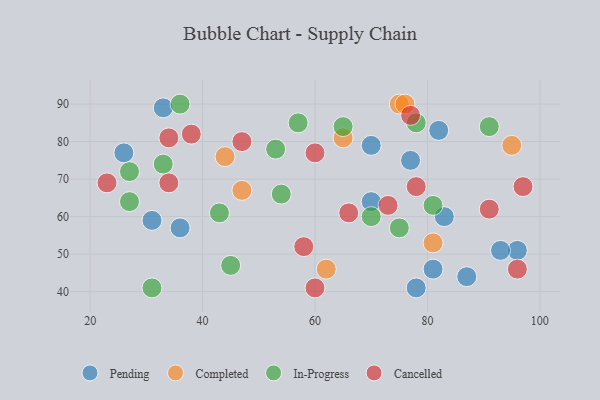
{"axis": {"x": "GDP", "y": "Life Expectancy"}, "legend": ["Cancelled", "Completed", "In-Progress", "Pending"], "data": [{"x": "31", "y": 59, "type": "Pending"}, {"x": "82", "y": 83, "type": "Pending"}, {"x": "96", "y": 51, "type": "Pending"}, {"x": "83", "y": 60, "type": "Pending"}, {"x": "77", "y": 75, "type": "Pending"}, {"x": "93", "y": 51, "type": "Pending"}, {"x": "87", "y": 44, "type": "Pending"}, {"x": "33", "y": 89, "type": "Pending"}, {"x": "70", "y": 64, "type": "Pending"}, {"x": "36", "y": 57, "type": "Pending"}, {"x": "70", "y": 79, "type": "Pending"}, {"x": "81", "y": 46, "type": "Pending"}, {"x": "26", "y": 77, "type": "Pending"}, {"x": "78", "y": 41, "type": "Pending"}, {"x": "75", "y": 90, "type": "Completed"}, {"x": "47", "y": 67, "type": "Completed"}, {"x": "76", "y": 90, "type": "Completed"}, {"x": "65", "y": 81, "type": "Completed"}, {"x": "81", "y": 53, "type": "Completed"}, {"x": "44", "y": 76, "type": "Completed"}, {"x": "62", "y": 46, "type": "Completed"}, {"x": "95", "y": 79, "type": "Completed"}, {"x": "81", "y": 63, "type": "In-Progress"}, {"x": "70", "y": 60, "type": "In-Progress"}, {"x": "31", "y": 41, "type": "In-Progress"}, {"x": "36", "y": 90, "type": "In-Progress"}, {"x": "75", "y": 57, "type": "In-Progress"}, {"x": "78", "y": 85, "type": "In-Progress"}, {"x": "57", "y": 85, "type": "In-Progress"}, {"x": "27", "y": 72, "type": "In-Progress"}, {"x": "45", "y": 47, "type": "In-Progress"}, {"x": "33", "y": 74, "type": "In-Progress"}, {"x": "54", "y": 66, "type": "In-Progress"}, {"x": "91", "y": 84, "type": "In-Progress"}, {"x": "53", "y": 78, "type": "In-Progress"}, {"x": "65", "y": 84, "type": "In-Progress"}, {"x": "43", "y": 61, "type": "In-Progress"}, {"x": "27", "y": 64, "type": "In-Progress"}, {"x": "66", "y": 61, "type": "Cancelled"}, {"x": "91", "y": 62, "type": "Cancelled"}, {"x": "78", "y": 68, "type": "Cancelled"}, {"x": "58", "y": 52, "type": "Cancelled"}, {"x": "47", "y": 80, "type": "Cancelled"}, {"x": "96", "y": 46, "type": "Cancelled"}, {"x": "60", "y": 77, "type": "Cancelled"}, {"x": "73", "y": 63, "type": "Cancelled"}, {"x": "34", "y": 69, "type": "Cancelled"}, {"x": "77", "y": 87, "type": "Cancelled"}, {"x": "97", "y": 68, "type": "Cancelled"}, {"x": "60", "y": 41, "type": "Cancelled"}, {"x": "38", "y": 82, "type": "Cancelled"}, {"x": "34", "y": 81, "type": "Cancelled"}, {"x": "23", "y": 69, "type": "Cancelled"}]}